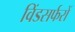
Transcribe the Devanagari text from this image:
विंडसर्फरों